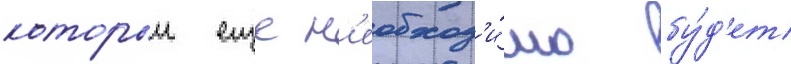
которыи еще н'еобход'и́мо бу́д'ет